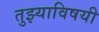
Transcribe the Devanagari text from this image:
तुझ्याविषयी